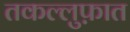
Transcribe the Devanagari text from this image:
तकल्लुफ़ात